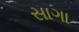
સાગા